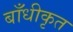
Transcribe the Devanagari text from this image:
बाँधीकृत